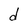
Character: d